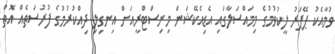
ވުމާއެކު ޕޭޕަރު ލީކުވުމުގެ މިމައްސަލާގައި އެޑިއެކޭޝަން މިނިސްޓްރީއަށް އިނގިލި ދިއްކުރުމުގެ ފުރުސަތެއް އޮޮތް